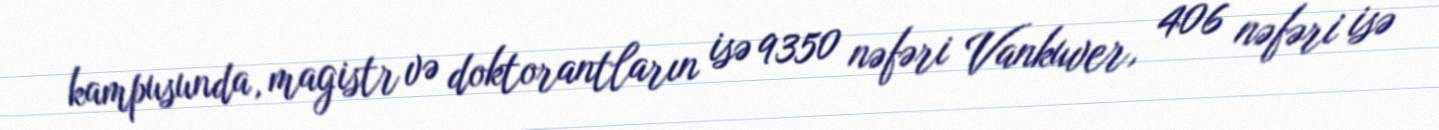
kampusunda, magistr və doktorantların isə 9350 nəfəri Vankuver, 406 nəfəri isə